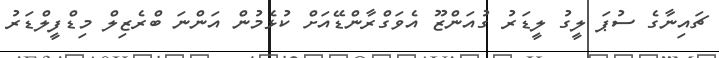
ޗައިނާގެ ސުޕަ ލީގު ލީޑަރު ގުއަންޒޫ އެވަގްރާންޑޭއަށް ކުޅެމުން އަންނަ ބްރެޒިލް މިޑްފީލްޑަރު